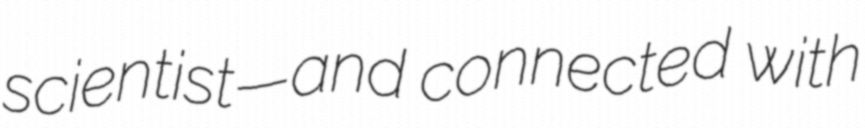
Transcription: scientist—and connected with